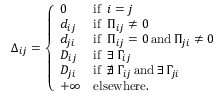
\Delta _ { i j } = \left\{ \begin{array} { l l } { 0 } & { \mathrm { i f ~ } \, i = j } \\ { d _ { i j } } & { \mathrm { i f ~ } \, \Pi _ { i j } \neq 0 } \\ { d _ { j i } } & { \mathrm { i f ~ } \, \Pi _ { i j } = 0 \, \mathrm { a n d } \, \Pi _ { j i } \neq 0 } \\ { D _ { i j } } & { \mathrm { i f ~ } \, \exists \, \Gamma _ { i j } } \\ { D _ { j i } } & { \mathrm { i f ~ } \, \nexists \, \Gamma _ { i j } \, \mathrm { a n d } \, \exists \, \Gamma _ { j i } } \\ { + \infty } & { \mathrm { e l s e w h e r e . } } \end{array} \right.